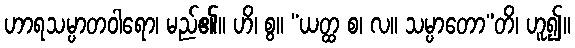
ဟာရသမ္ပာတဝါရော၊ မည်၏။ ဟိ၊ စွ။ “ယတ္ထ စ၊ လ။ သမ္ပာတော”တိ၊ ဟူ၍။